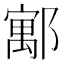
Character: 𮠈